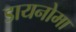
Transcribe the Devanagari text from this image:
डायनोमा